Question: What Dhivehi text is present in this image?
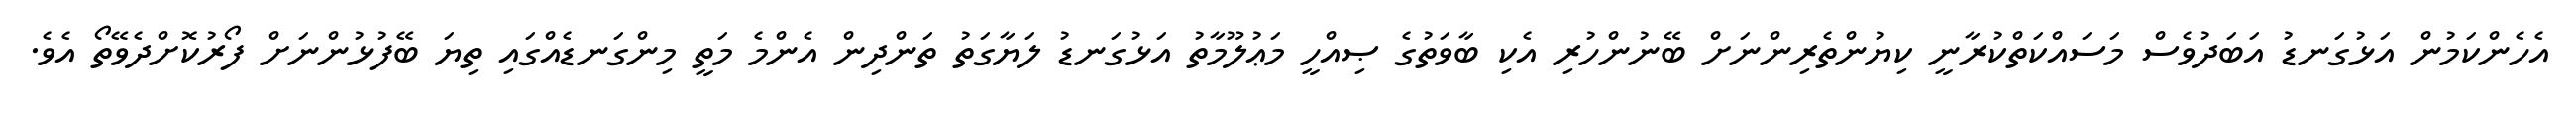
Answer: އެހެންކަމުން އަޅުގަނޑު އަބަދުވެސް މަސައްކަތްކުރާނީ ކިޔުންތެރިންނަށް ބޭނުންހުރި އެކި ބާވަތުގެ ޞިއްހީ މަޢުލޫމާތު އަޅުގަނޑު ލަޔާގަތު ތަންދިން އެންމެ މަތީ މިންގަނޑެއްގައި ތިޔަ ބޭފުޅުންނަށް ފޯރުކޮށްދެވޭތޯ އެވެ.